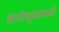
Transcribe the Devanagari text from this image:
लेणीसूमहामध्ये